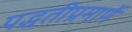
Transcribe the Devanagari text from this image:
पद्धतीप्रमाणें